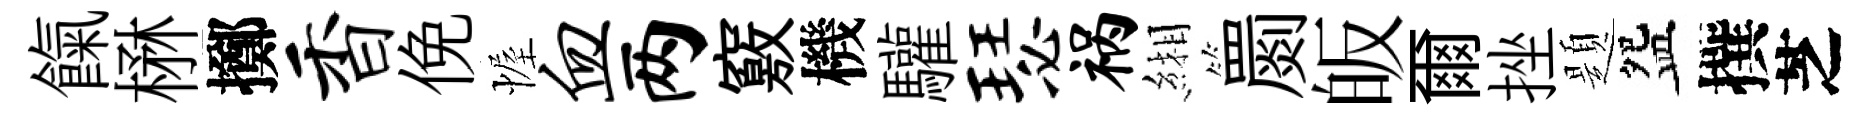
餼楙擲香俛幄血两竅機驩瑟祸緗罽皈爾挫題盌撰芝